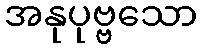
အနုပုဗ္ဗသော